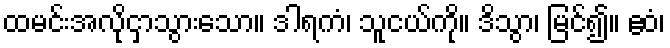
ထမင်းအလိုငှာသွားသော။ ဒါရကံ၊ သူငယ်ကို။ ဒိသွာ၊ မြင်၍။ ဧဝံ၊